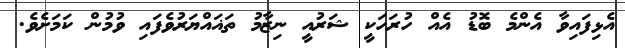
އެޅިފައިވާ އެންމެ ބޮޑު އެއް ހުރަހަކީ ޝަރުއީ ނިޒާމު ތަޣައްޔަރުވެފައި ވުމުން ކަމަށެވެ.